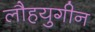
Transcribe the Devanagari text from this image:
लौहयुगीन